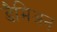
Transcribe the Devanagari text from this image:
डैमिअन